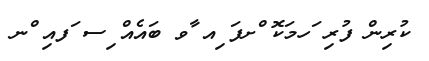
ކުރިން ފުރި ަހމަކޮ ްށފަ ިއ ާވ ބައެއް ިސ ަފއި ްނ